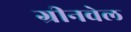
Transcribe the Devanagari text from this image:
ग्रीनवेल